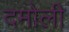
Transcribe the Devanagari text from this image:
दमोली